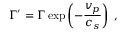
\Gamma ^ { \prime } = \Gamma \exp \left( - \frac { v _ { p } } { c _ { s } } \right) \; ,